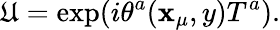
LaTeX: \mathfrak{U}=\exp(i\theta^{a}(\mathbf{x}_{\mu},y)T^{a}).